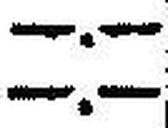
—.—